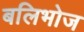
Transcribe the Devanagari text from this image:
बलिभोज